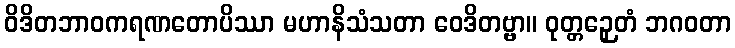
ဝိဒိတဘာဝကရဏတောပိဿာ မဟာနိသံသတာ ဝေဒိတဗ္ဗာ။ ဝုတ္တဉှေတံ ဘဂဝတာ